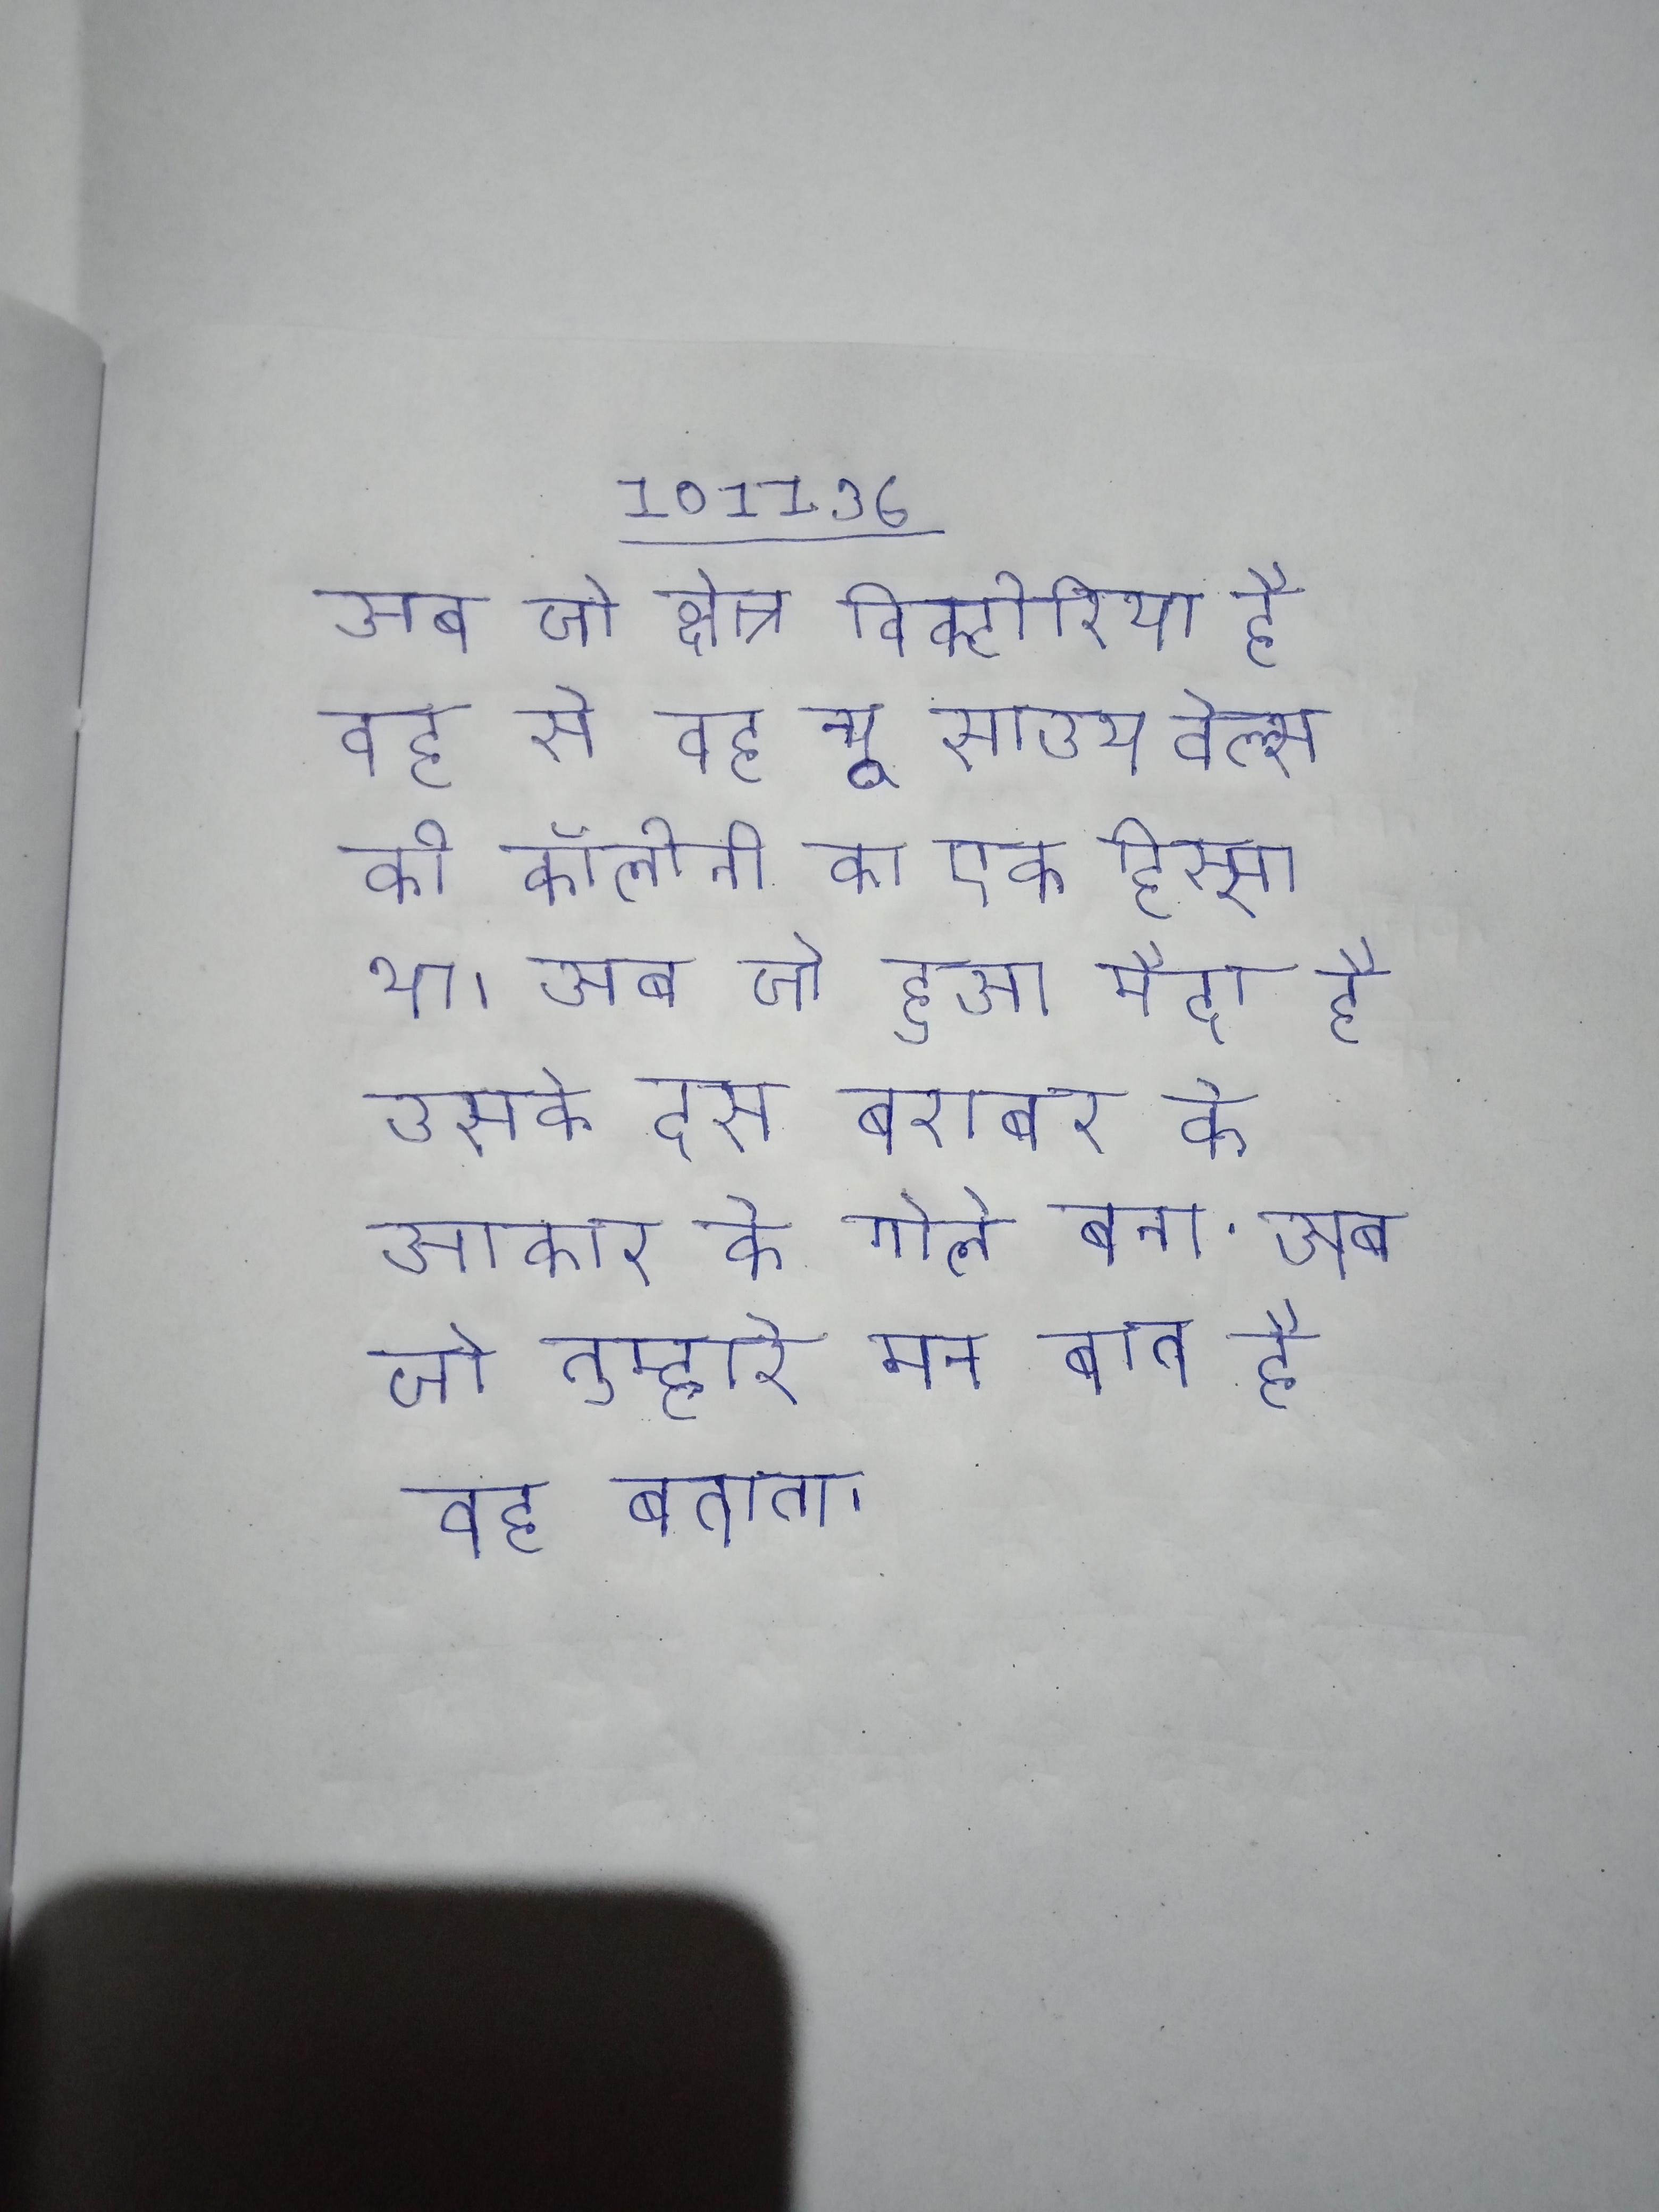
अब जो क्षेत्र विक्टोरिया है वह से वह न्यू साउथ वेल्स की कॉलोनी का एक हिस्सा था । अब जो हुआ मैदा है उसके दस बराबर के आकार के गोले बना . अब जो तुम्हारे मन बात है वह बताता ।